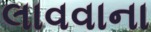
લાવવાના